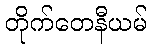
တိုက်တေနီယမ်